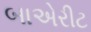
બાએરીટ